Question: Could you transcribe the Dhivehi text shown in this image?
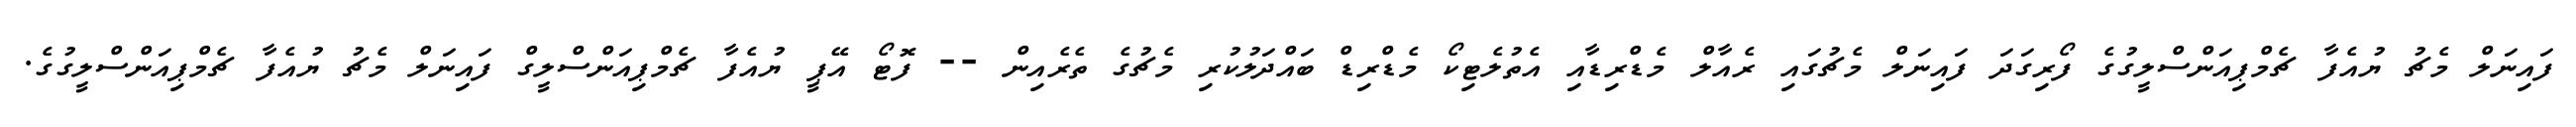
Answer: ފައިނަލް މެޗު ޔުއެފާ ޗެމްޕިއަންސްލީގުގެ ފޯރިގަދަ ފައިނަލް މެޗުގައި ރެއާލް މެޑްރިޑާއި އެތުލެޓިކޯ މެޑްރިޑް ބައްދަލުކުރި މެޗުގެ ތެރެއިން -- ފޮޓޯ އޭޕީ ޔުއެފާ ޗެމްޕިއަންސްލީގް ފައިނަލް މެޗު ޔުއެފާ ޗެމްޕިއަންސްލީގުގެ.